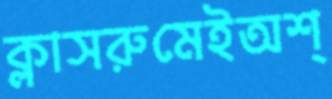
ক্লাসরুমেইঅশ্